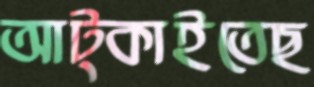
আট্‌কাইতেছ